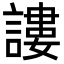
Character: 謱